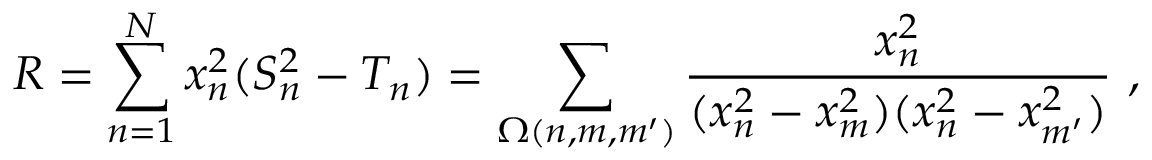
R = \sum _ { n = 1 } ^ { N } x _ { n } ^ { 2 } ( S _ { n } ^ { 2 } - T _ { n } ) = \sum _ { \Omega ( n , m , m ^ { \prime } ) } \frac { x _ { n } ^ { 2 } } { ( x _ { n } ^ { 2 } - x _ { m } ^ { 2 } ) ( x _ { n } ^ { 2 } - x _ { m ^ { \prime } } ^ { 2 } ) } \ ,